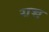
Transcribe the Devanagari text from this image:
यच्च